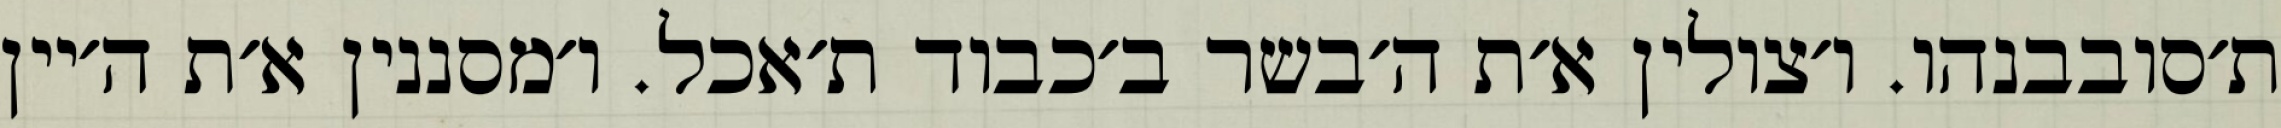
ת׳סובבנהו. ו׳צולין א׳ת ה׳בשר ב׳כבוד ת׳אכל. ו׳מסננין א׳ת ה׳יין